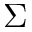
\boldsymbol { \Sigma }